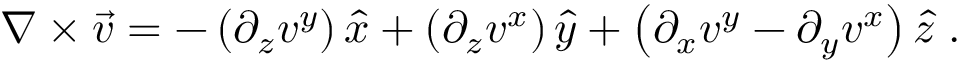
\nabla \times \vec { v } = - \left( \partial _ { z } { v ^ { y } } \right) \hat { x } + \left( \partial _ { z } { v ^ { x } } \right) \hat { y } + \left( \partial _ { x } { v ^ { y } } - \partial _ { y } { v ^ { x } } \right) \hat { z } \; .